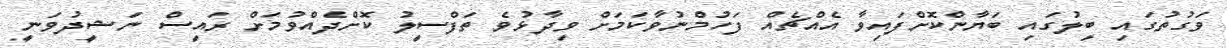
ވަގުތުގައި ބިލުގައި ބަޔާންކޮށްފައިވާ އެއްޗެއް ފަހުމްނުވާކަމަށް ވިދާޅުވެ ތަފްސީލު ކޮށްދެއްވުމަށް ރައީސް ނަޝީދުވަނީ